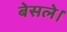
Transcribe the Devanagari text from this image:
बेसले।